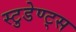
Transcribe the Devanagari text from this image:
स्टुडेण्ट्स